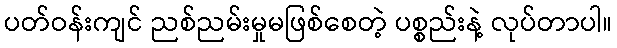
ပတ်ဝန်းကျင် ညစ်ညမ်းမှုမဖြစ်စေတဲ့ ပစ္စည်းနဲ့ လုပ်တာပါ။